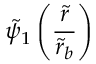
\tilde { \psi } _ { 1 } \left( \frac { \tilde { r } } { \tilde { r } _ { b } } \right)